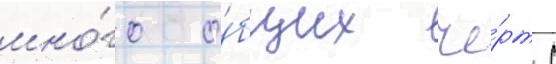
мно́го о́бщих че́рт с